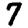
Digit: 7